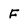
Character: f